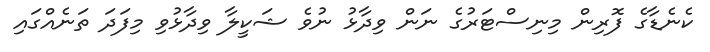
ކެނެޑާގެ ފޮރިން މިނިސްޓަރުގެ ނަން ވިދާޅު ނުވެ ޝަކީލާ ވިދާޅުވި މިފަދަ ތަނެއްގައި